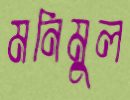
মনিমুল